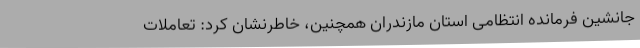
جانشین فرمانده انتظامی استان مازندران همچنین، خاطرنشان کرد: تعاملات